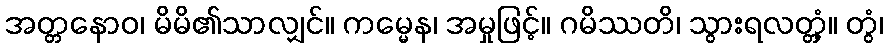
အတ္တနောဝ၊ မိမိ၏သာလျှင်။ ကမ္မေန၊ အမှုဖြင့်။ ဂမိဿတိ၊ သွားရလတ္တံ့။ တွံ၊